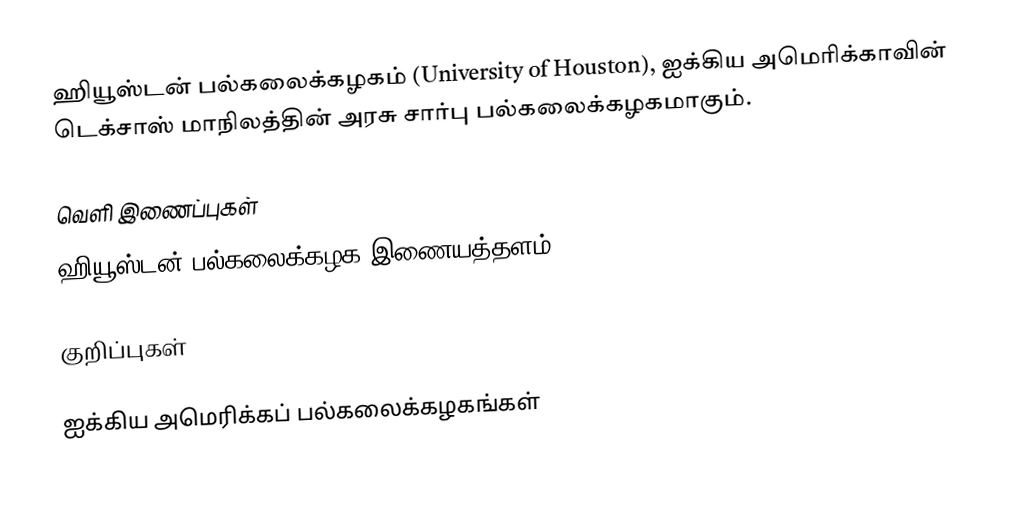
ஹியூஸ்டன் பல்கலைக்கழகம் (University of Houston), ஐக்கிய அமெரிக்காவின் டெக்சாஸ் மாநிலத்தின் அரசு சார்பு பல்கலைக்கழகமாகும்.

வெளி இணைப்புகள்
ஹியூஸ்டன் பல்கலைக்கழக இணையத்தளம்

குறிப்புகள்

ஐக்கிய அமெரிக்கப் பல்கலைக்கழகங்கள்